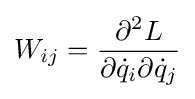
W_{ij}={\frac {\partial ^{2}L}{\partial {\dot {q}}_{i}\partial {\dot {q}}_{j}}}